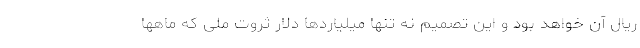
ریال آن خواهد بود و این تصمیم نه تنها میلیاردها دلار ثروت ملی که ماهها